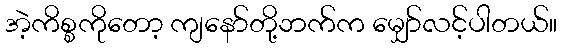
အဲ့ကိစ္စကိုတော့ ကျနော်တို့ဘက်က မျှော်လင့်ပါတယ်။